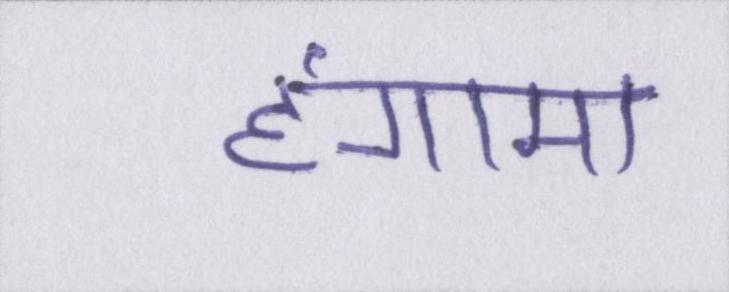
हंगामा